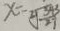
x = \sqrt [ 2 ] { \frac { 3 4 3 } { 2 7 } }